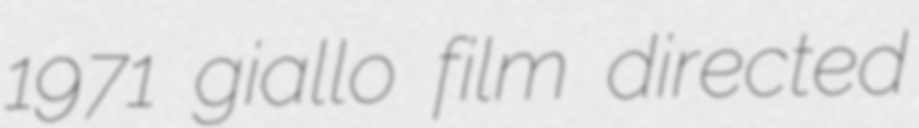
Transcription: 1971 giallo film directed